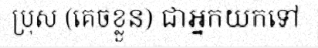
ប្រុស (គេចខ្លួន) ជាអ្នកយកទៅ